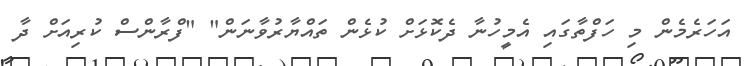
އަހަރެމެން މި ހަފްތާގައި އެމީހުނާ ދެކޮޅަށް ކުޅެން ތައްޔާރުވާނަން" "ފްރާންސް ކުރިއަށް ދާ